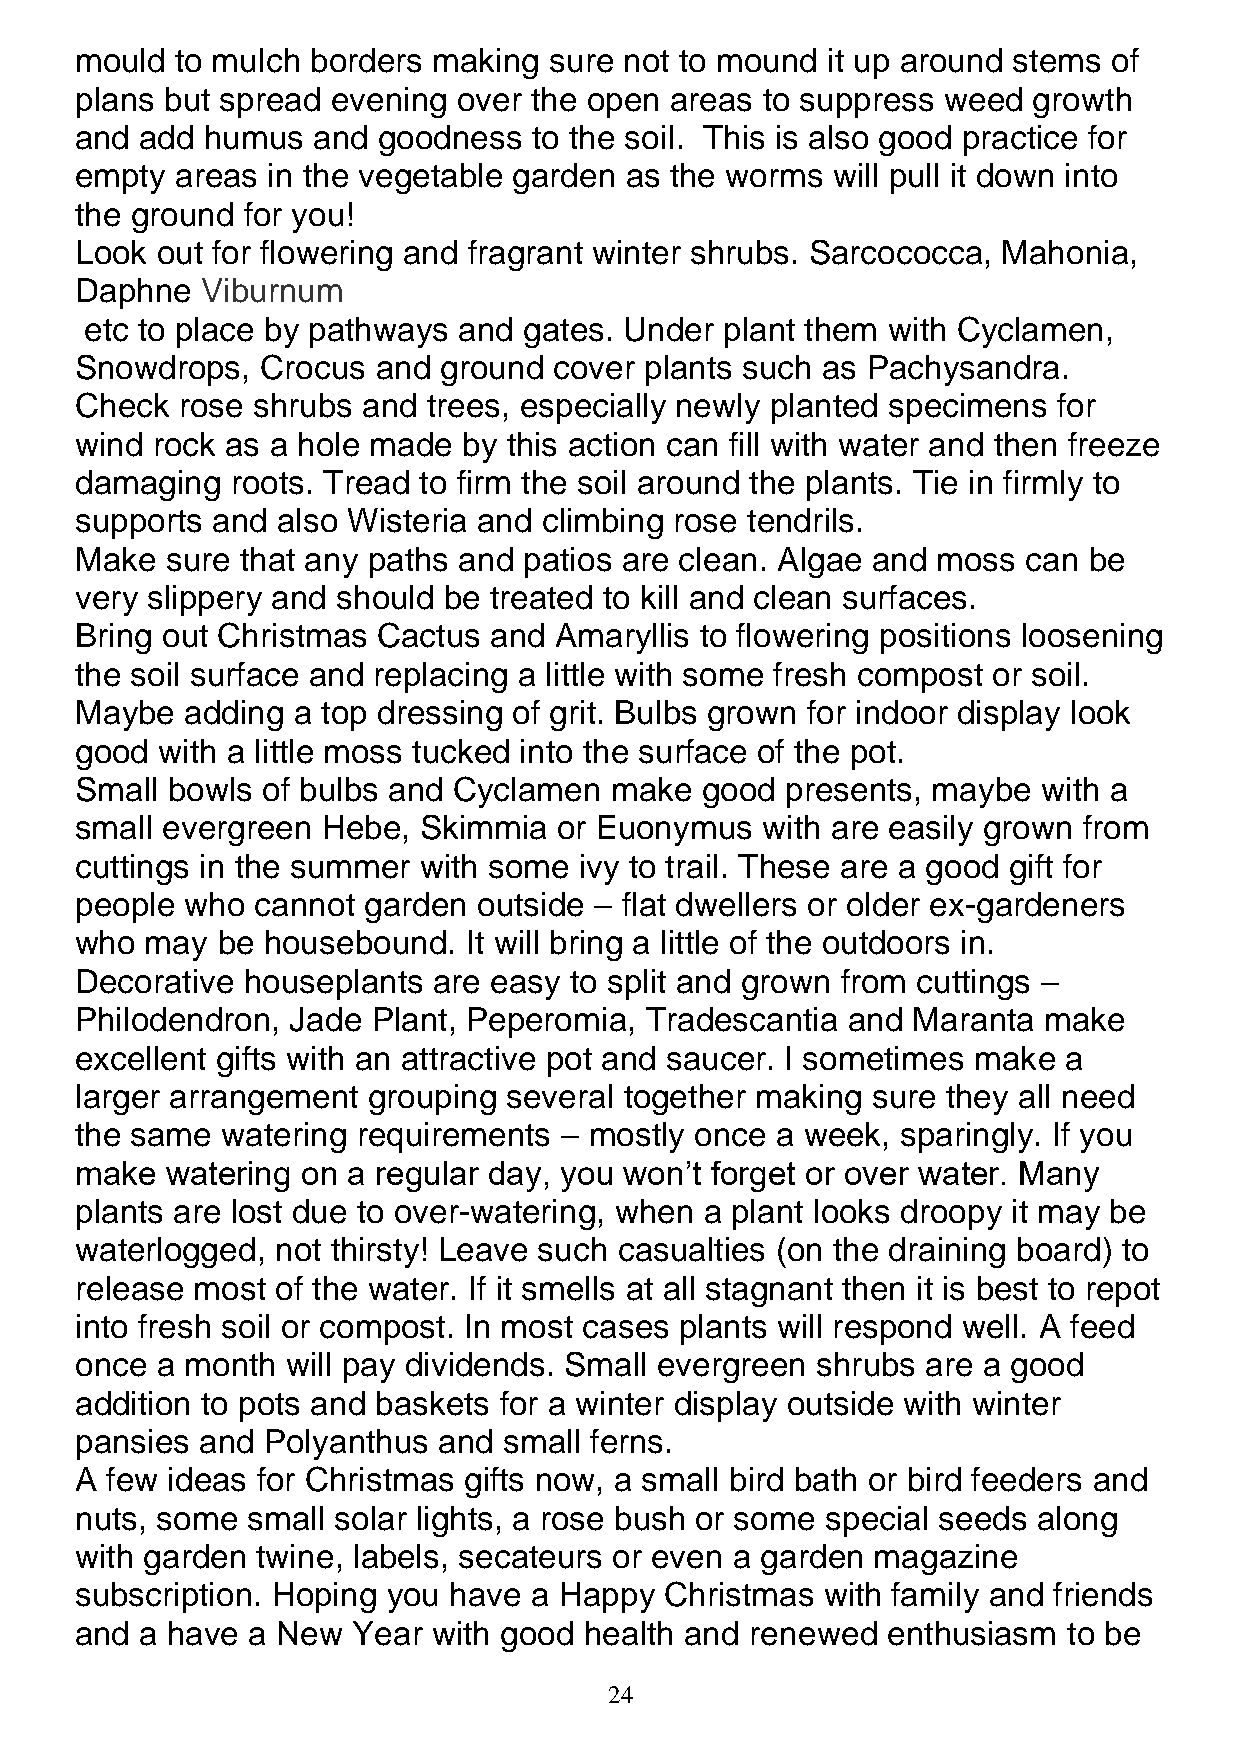
mould  to mulch borders making sure not to mound  it up around stems of
 plans but spread evening over the open areas to suppress weed  growth
 and add  humus  and goodness  to the soil. This is also good practice for
 empty  areas in the vegetable garden as the worms will pull it down into
 the ground for you!
 Look out for flowering and fragrant winter shrubs. Sarcococca, Mahonia,
 Daphne  Viburnum
 etc to place by pathways and gates. Under plant them with Cyclamen,
 Snowdrops,  Crocus  and ground  cover plants such as Pachysandra.
 Check  rose shrubs and trees, especially newly planted specimens for
 wind rock as a hole made  by this action can fill with water and then freeze
 damaging  roots. Tread to firm the soil around the plants. Tie in firmly to
 supports and also Wisteria and climbing rose tendrils.
 Make  sure that any paths and patios are clean. Algae and moss can be
 very slippery and should be treated to kill and clean surfaces.
 Bring out Christmas Cactus and  Amaryllis to flowering positions loosening
 the soil surface and replacing a little with some fresh compost or soil.
 Maybe  adding a top dressing of grit. Bulbs grown for indoor display look
 good with a little moss tucked into the surface of the pot.
 Small bowls of bulbs and Cyclamen  make  good  presents, maybe  with a
 small evergreen Hebe,  Skimmia  or Euonymus  with are easily grown from
 cuttings in the summer with some ivy to trail. These are a good gift for
 people who  cannot garden  outside – flat dwellers or older ex-gardeners
 who  may be housebound.   It will bring a little of the outdoors in.
 Decorative houseplants  are easy to split and grown from cuttings –
 Philodendron, Jade  Plant, Peperomia, Tradescantia and Maranta  make
 excellent gifts with an attractive pot and saucer. I sometimes make a
 larger arrangement grouping  several together making sure they all need
 the same  watering requirements – mostly once a week,  sparingly. If you
 make  watering on a regular day, you won’t forget or over water. Many
 plants are lost due to over-watering, when a plant looks droopy it may be
 waterlogged, not thirsty! Leave such casualties (on the draining board) to
 release most of the water. If it smells at all stagnant then it is best to repot
 into fresh soil or compost. In most cases plants will respond well. A feed
 once a month  will pay dividends. Small evergreen shrubs are a good
 addition to pots and baskets for a winter display outside with winter
 pansies and Polyanthus  and small ferns.
 A few ideas for Christmas gifts now, a small bird bath or bird feeders and
 nuts, some small solar lights, a rose bush or some special seeds along
 with garden twine, labels, secateurs or even a garden magazine
 subscription. Hoping you have a Happy  Christmas  with family and friends
 and a have a New  Year  with good health and renewed  enthusiasm  to be
 24